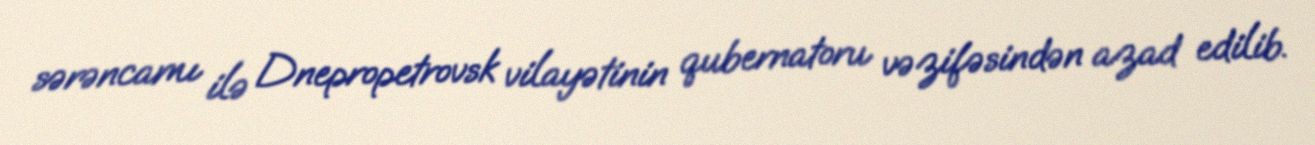
sərəncamı ilə Dnepropetrovsk vilayətinin qubernatoru vəzifəsindən azad edilib.